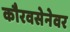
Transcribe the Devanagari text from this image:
कौरवसेनेवर